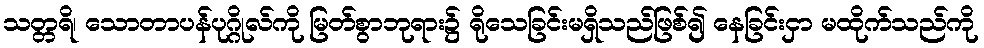
သတ္တရိ၊ သောတာပန်ပုဂ္ဂိုလ်ကို မြတ်စွာဘုရား၌ ရိုသေခြင်းမရှိသည်ဖြစ်၍ နေခြင်းငှာ မထိုက်သည်ကို